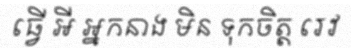
ធ្វើ អី អ្នកនាង មិន ទុកចិត្ត រេវ